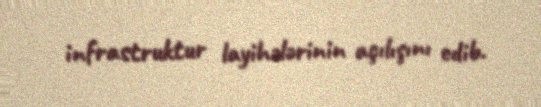
infrastruktur layihələrinin açılışını edib.